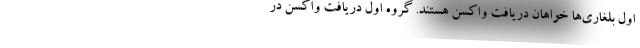
اول بلغاری‌ها خواهان دریافت واکسن هستند. گروه اول دریافت واکسن در